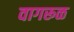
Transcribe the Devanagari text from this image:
वागरूळ